Annual report of the Punjab Veterinary College and of the Civil Veterinary Department, Punjab - 1909-1919
Year: 1909
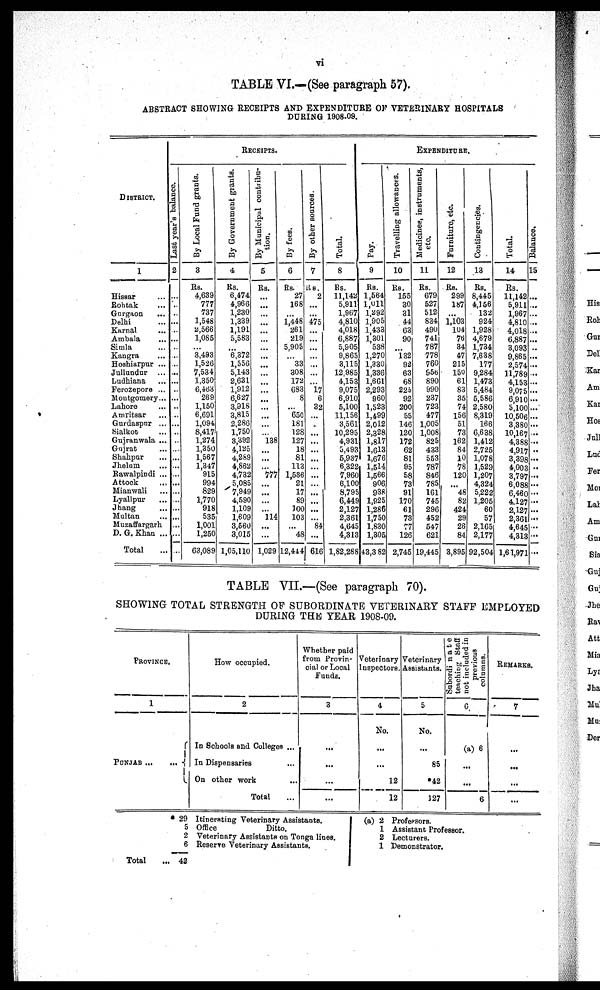
vi
TABLE VI.—(See paragraph 57).
ABSTRACT SHOWING RECEIPTS AND EXPENDITURE OF VETERINARY HOSPITALS
DURING 1908-09.
DISTRICT.
1
Hissar ...
Rohtak ...
Gurgaon
...
Delhi ...
Karnal ...
Ambala ...
Simla ...
Kangra ...
Hoshiarpur ...
Jullundur ...
Ludhiana ...
Ferozepore ...
Montgomery...
Lahore ...
Amritsar ...
Gurdaspur ...
Sialkot ...
Gujranwala ...
Gujrat ...
Shahpur ...
Jhelum ...
Rawalpindi ...
Attock ...
Mianwali ...
Lyallpur ...
Jhang ...
Multan ...
Muzaffargarh
D. G. Khan ...
Total
RECEIPTS.
Last year's balance.
2
...
...
..
...
..
...
...
...
..
...
...
..
...
..
..
...
..
...
...
...
...
...
...
...
...
...
...
...
...
...
By Local Fund grants.
3
Rs.
4,639
777
737
1,548
2,566
1,085
...
3,493
1,526
7,534
1,350
6,463
269
1,150
6,691
1,094
8,417
1,274
1,350
1,567
1,347
915
994
829
1,770
918
535
1,001
1,250
63,089
By Government grants.
4
Rs.
6,474
4,966
1,230
1,339
1,191
5,583
...
6,372
1,556
5,143
2,631
1,912
6,627
3,918
3,815
2,286
1,750
3,392
4,125
4,289
4,862
4,732
5,085
7,949
4,590
1,109
1,609
3,560
3,015
1,05,110
By Municipal contribu-
tion.
5
Rs.
...
...
...
...
...
...
...
...
...
...
...
...
...
...
...
...
...
138
...
...
...
777
...
...
...
...
114
...
...
1,029
By fees.
6
Rs.
27
168
...
1,448
261
219
5,905
...
33
308
172
683
8
...
650
181
128
127
18
81
113
1,536
21
17
89
100
103
...
48
12,444
By other sources.
7
Rs.
2
...
...
475
...
...
...
...
...
...
...
17
6
32
...
...
...
...
...
...
...
...
...
...
...
...
...
84
...
616
Total.
8
Rs.
11,142
5,911
1,967
4,810
4,018
6,887
5,905
9,865
3,115
12,985
4,153
9,075
6,910
5,100
11,156
3,561
10,295
4,931
5,493
5,937
6,322
7,960
6,100
8,795
6,449
2,127
2,361
4,645
4,313
1,82,288
EXPENDITURE.
Pay.
9
Rs.
1,564
1,011
1,292
1,905
1,433
1,301
538
1,270
1,330
1,336
1,661
2,293
960
1,523
1,499
2,012
2,328
1,817
1,613
1,676
1,514
1,566
906
938
1,925
1,286
1,750
1,830
1,305
43,3 82
Travelling allowances.
10
Rs.
155
30
31
44
63
90
...
132
92
63
68
226
92
200
55
146
120
172
62
81
95
58
73
91
170
61
73
77
126
2,745
Medicines, instruments,
etc.
11
Rs.
679
527
512
834
490
741
787
778
760
956
890
990
237
723
477
1,005
1,008
825
433
553
787
846
785
161
745
296
452
547
621
19,445
Furniture, etc.
12
Rs.
299
187
...
1,103
104
76
34
47
215
150
61
83
35
74
156
51
73
162
84
10
78
120
...
48
82
424
29
26
84
3,895
Contingencies.
13
Rs.
8,445
4,156
132
924
1,928
4,679
1,734
7,638
177
9,284
1,473
5,484
5,586
2,580
8,319
166
6,638
1,412
2,725
1,078
1,529
1,207
4,324
5,222
1,205
60
57
2,165
2,177
92,504
Total.
14
Rs.
11,142
5,911
1,967
4,810
4,018
6,887
3,093
9,865
2,574
11,789
4,153
9,075
6,910
5,100
10,506
3,380
10,167
4,388
4,917
3,398
4,003
3,797
6,088
6,460
4.127
2,127
2,361
4,645
4,313
1,61,971
Bal ance.
15
...
...
...
...
...
...
..
...
...
...
...
...
...
...
...
...
...
...
..
...
..
...
...
...
...
...
...
...
...
...
TABLE VII.—(See paragraph 70).
SHOWING TOTAL STRENGTH OF SUBORDINATE VETERINARY STAFF EMPLOYED
DURING THE YEAR 1908-09.
PROVINCE.
1
PUNJAB...
...
How occupied.
2
In Schools and Colleges ...
In Dispensaries ...
On other work ...
Total ...
Whether paid
from Provin-
cial or Local
Funds.
3
...
...
...
...
Veterinary
Inspectors.
4
No.
...
...
12
12
Veterinary
Assistants.
5
No.
...
85
*42
127
Subordinate
teaching Staff
not included in
previous
columns.
6
(a) 6
...
...
6
REMARKS.
7
...
...
...
...
* 29
5
2
6
Total... 42
Itinerating Veterinary Assistants.
Office
Ditto.
Veterinary Assistants on Tonga lines.
Reserve Veterinary Assistants.
(a) 2
1
2
1
Professors.
Assistant Professor.
Lecturers.
Demonstrator.